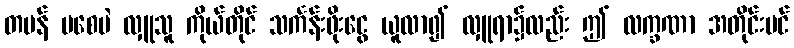
တမန် မစေပဲ လှူသူ ကိုယ်တိုင် သင်္ကန်းဖိုးငွေ ယူလာ၍ လှူရာ၌လည်း ဤ လက္ခဏာ အတိုင်းပင်